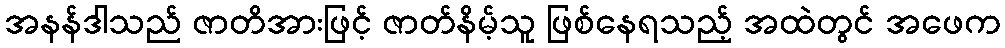
အနန်ဒါသည် ဇာတိအားဖြင့် ဇာတ်နိမ့်သူ ဖြစ်နေရသည့် အထဲတွင် အဖေက